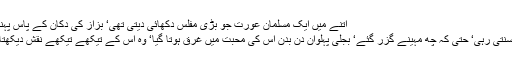
اتنے میں ایک مسلمان عورت جو بڑی مفلس دکھائی دیتی تھی‘ بزاز کی دکان کے پاس پہنچی‘ بجلی پہلوان سے اس نے کہا
دولہن ہر روز اسی قسم کی باتیں سنتی رہی‘ حتٰی کہ چھ مہینے گزر گئے‘ بجلی پہلوان دن بدن اُس کی محبت میں غرق ہوتا گیا‘ وہ اس کے تیکھے تیکھے نقش دیکھتا تو اپنی ساری پہلوانی بھول جاتا۔